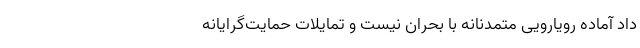
داد آماده رویارویی متمدنانه با بحران نیست و تمایلات حمایت‌گرایانه